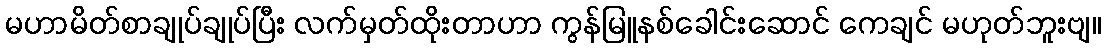
မဟာမိတ်စာချုပ်ချုပ်ပြီး လက်မှတ်ထိုးတာဟာ ကွန်မြူနစ်ခေါင်းဆောင် ကေချင် မဟုတ်ဘူးဗျ။